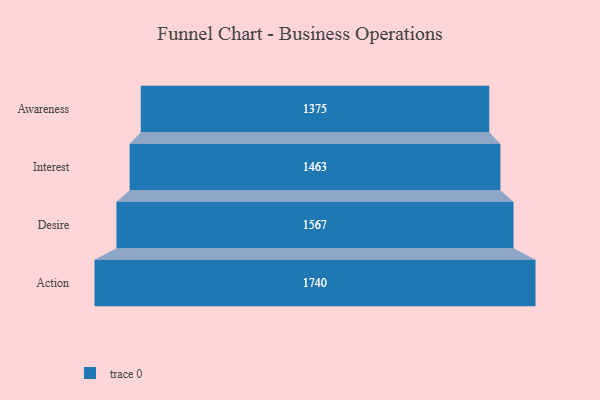
{"axis": {"x": "Stage", "y": "Value"}, "legend": [""], "data": [{"x": "Awareness", "y": 1375.0, "type": ""}, {"x": "Interest", "y": 1463.0, "type": ""}, {"x": "Desire", "y": 1567.0, "type": ""}, {"x": "Action", "y": 1740.0, "type": ""}]}